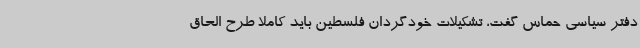
دفتر سیاسی حماس گفت، تشکیلات خودگردان فلسطین باید کاملا طرح الحاق